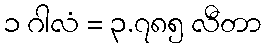
၁ ဂါလံ = ၃.၇၈၅ လီတာ